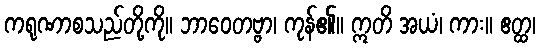
ကရုဏာစသည်တို့ကို။ ဘာဝေတဗ္ဗာ၊ ကုန်၏။ ဣတိ အယံ၊ ကား။ ဧတ္ထ၊